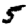
Digit: 5